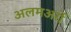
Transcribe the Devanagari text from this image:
अलमअर्रो